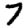
Digit: 7